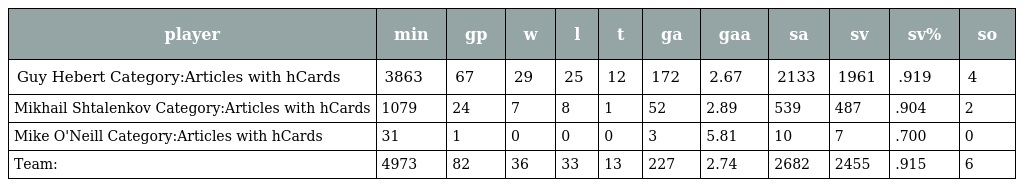
| player | min | gp | w | l | t | ga | gaa | sa | sv | sv% | so |
 | --- | --- | --- | --- | --- | --- | --- | --- | --- | --- | --- | --- |
 | Guy Hebert Category:Articles with hCards | 3863 | 67 | 29 | 25 | 12 | 172 | 2.67 | 2133 | 1961 | .919 | 4 |
 | Mikhail Shtalenkov Category:Articles with hCards | 1079 | 24 | 7 | 8 | 1 | 52 | 2.89 | 539 | 487 | .904 | 2 |
 | Mike O'Neill Category:Articles with hCards | 31 | 1 | 0 | 0 | 0 | 3 | 5.81 | 10 | 7 | .700 | 0 |
 | Team: | 4973 | 82 | 36 | 33 | 13 | 227 | 2.74 | 2682 | 2455 | .915 | 6 |